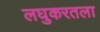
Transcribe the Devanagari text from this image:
लघुकरतला